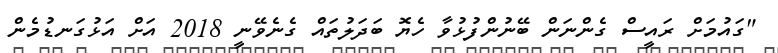
"ގައުމަށް ރައީސް ގެންނަން ބޭނުންފުޅުވާ ހެޔޮ ބަދަލުތައް ގެނެވޭނީ 2018 އަށް އަޅުގަނޑުމެން